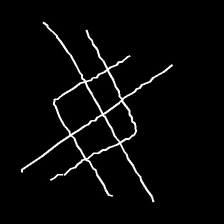
Glyph: crystal